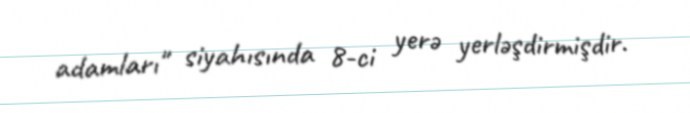
adamları" siyahısında 8-ci yerə yerləşdirmişdir.